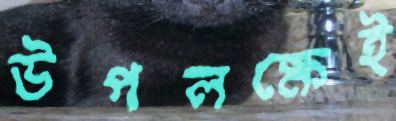
উপলক্ষেই